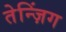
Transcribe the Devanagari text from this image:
तेन्ज़िंग